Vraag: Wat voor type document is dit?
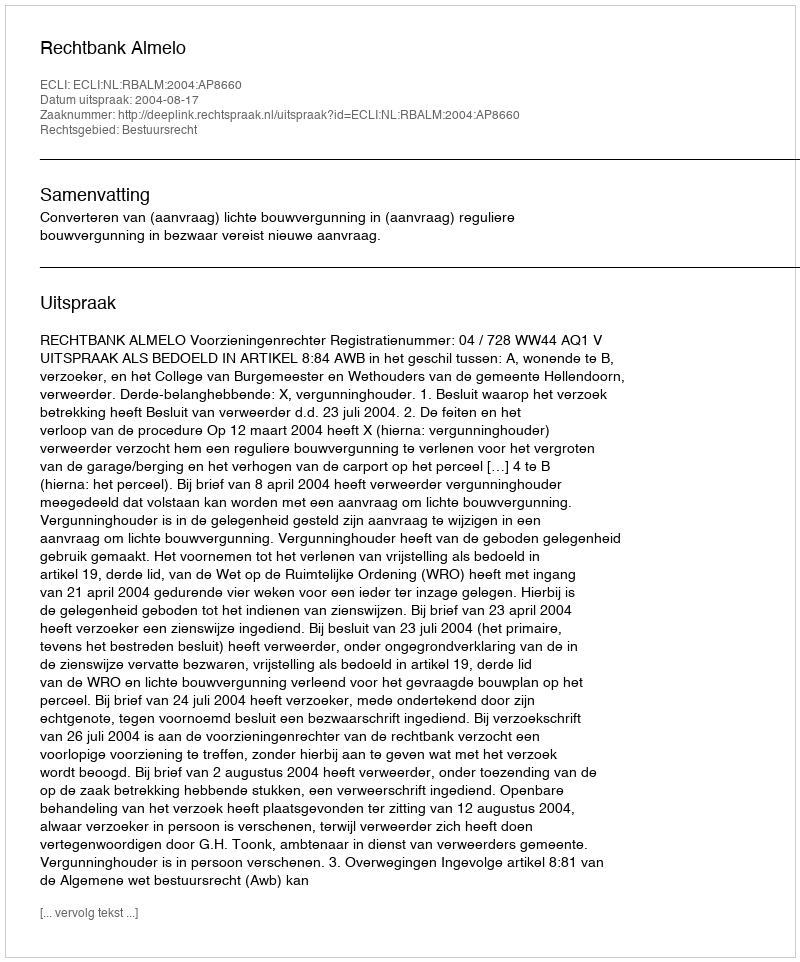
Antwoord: Uitspraak